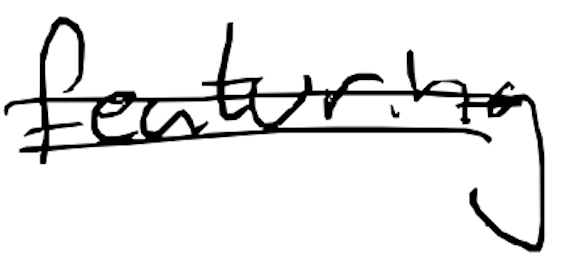
Text: featuring
Cross-out: double-line
Writing tool: digital_black